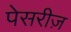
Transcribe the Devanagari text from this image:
पेसरीज़